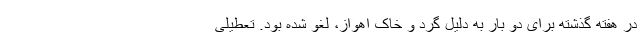
در هفته گذشته برای دو بار به دلیل گرد و خاک اهواز، لغو شده بود. تعطیلی